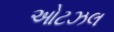
ઓટઝલ